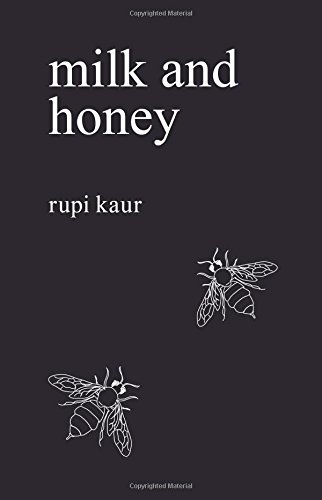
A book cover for Milk and Honey; Rupi Kaur; Romance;